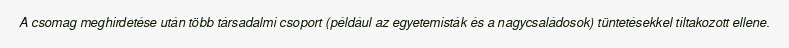
A csomag meghirdetése után több társadalmi csoport (például az egyetemisták és a nagycsaládosok) tüntetésekkel tiltakozott ellene.